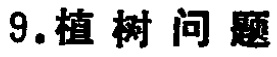
9. 植树问题